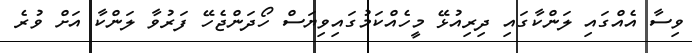
ވިސާ އެއްގައި ލަންކާގައި ދިރިއުޅޭ މީހެއްކަމުގައިވިޔަސް ހޯދަންޖެހޭ ފަރުވާ ލަންކާ އަށް ވުރެ